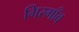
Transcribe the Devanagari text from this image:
गिरगाँव